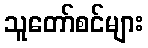
သူတော်စင်များ